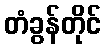
တံခွန်တိုင်